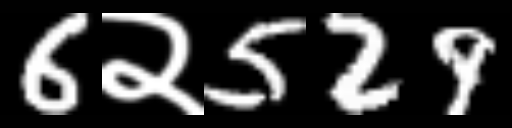
Text: 6२529